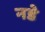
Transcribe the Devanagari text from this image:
नडे